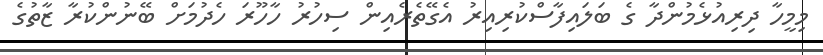
މިމީހާ ދިރިއުޅެމުންދާ ގެ ބަލައިފާސްކުރިއިރު އެގޭތެރެއިން ސިހުރު ހާހޫރަ ހެދުމަށް ބޭނުންކުރާ ޒާތުގެ